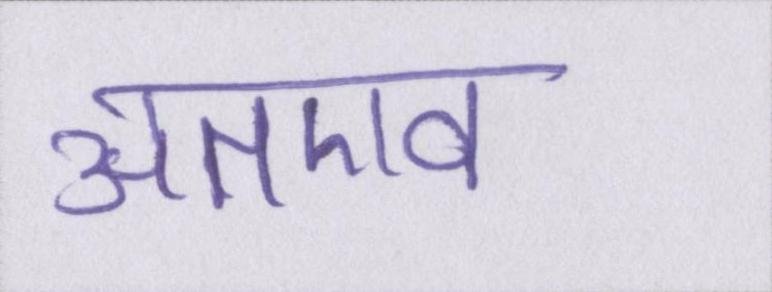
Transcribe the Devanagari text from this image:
अतएव